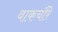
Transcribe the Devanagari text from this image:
वाकचौरे